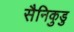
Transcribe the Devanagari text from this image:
सैनिकुडु